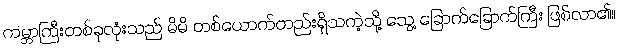
ကမ္ဘာကြီးတစ်ခုလုံးသည် မိမိ တစ်ယောက်တည်းရှိသကဲ့သို့ သွေ့ ခြောက်ခြောက်ကြီး ဖြစ်လာ၏။